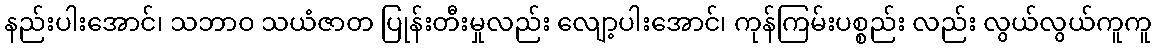
နည်းပါးအောင်၊ သဘာဝ သယံဇာတ ပြုန်းတီးမှုလည်း လျော့ပါးအောင်၊ ကုန်ကြမ်းပစ္စည်း လည်း လွယ်လွယ်ကူကူ